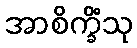
အာစိက္ခိံသု